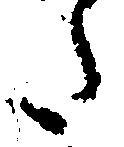
た